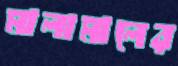
মালামালের